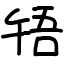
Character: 啎